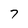
Character: 7